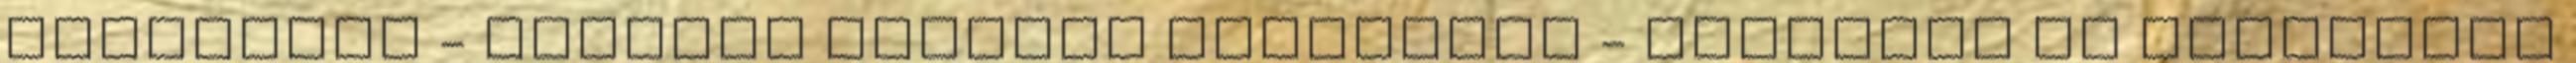
ismeretek - Kútfúró szakmai ismeretek - Geológia és geofizika